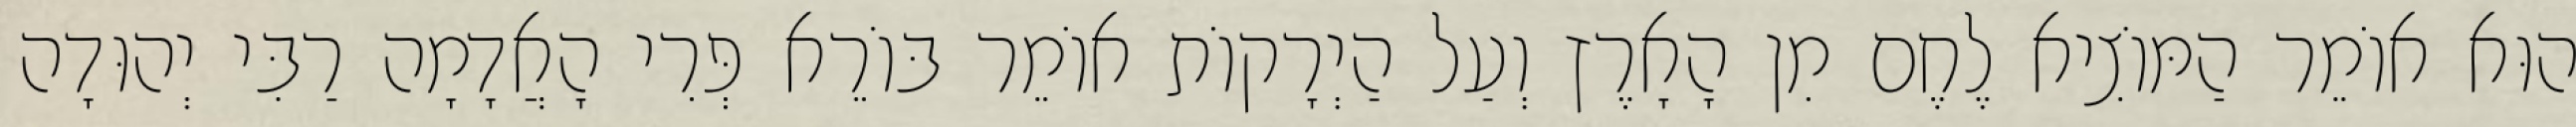
הוּא אוֹמֵר הַמּוֹצִיא לֶחֶם מִן הָאָרֶץ וְעַל הַיְרָקוֹת אוֹמֵר בּוֹרֵא פְּרִי הָאֲדָמָה רַבִּי יְהוּדָה